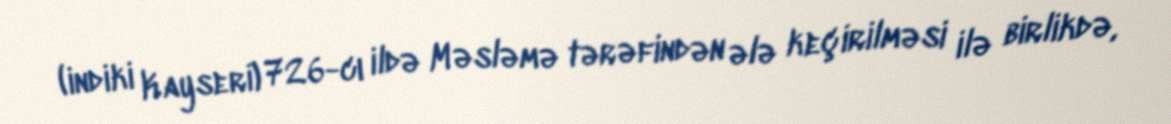
(indiki Kayseri) 726-cı ildə Məsləmə tərəfindən ələ keçirilməsi ilə birlikdə,